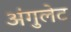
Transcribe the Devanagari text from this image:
अंगुलेट